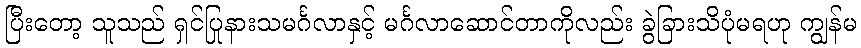
ပြီးတော့ သူသည် ရှင်ပြုနားသမင်္ဂလာနှင့် မင်္ဂလာဆောင်တာကိုလည်း ခွဲခြားသိပုံမရဟု ကျွန်မ